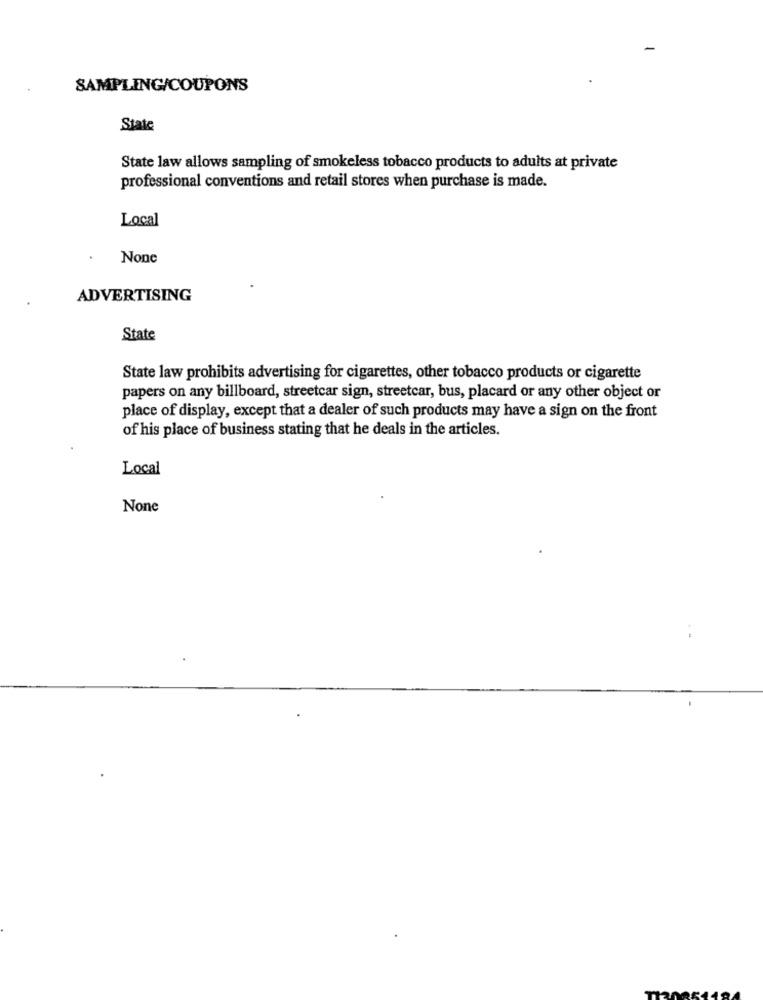
SAMPLING/COUPONS
State
State law allows sampling of smokeless tobacco products to adults at private
professional conventions and retail stores when purchase is made.
Local
ADVERTISING
State
State law prohibits advertising for cigarettes, other tobacco products or cigarette
papers on any billboard, streetcar sign, streetcar, bus, placard or any other object or
place of display, except that a dealer of such products may have a sign on the front
of his place of business stating that he deals in the articles.
Local